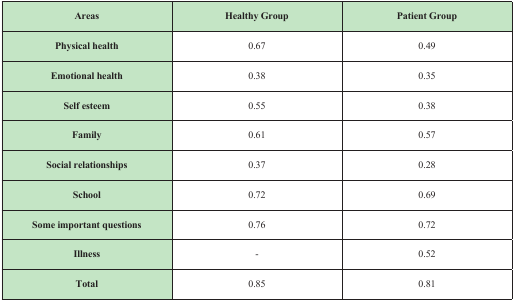
<table><thead><tr><td><b>Areas</b></td><td><b>Healthy Group</b></td><td><b>Patient Group</b></td></tr></thead><tbody><tr><td><b>Physical health</b></td><td>0.67</td><td>0.49</td></tr><tr><td><b>Emotional health</b></td><td>0.38</td><td>0.35</td></tr><tr><td><b>Self esteem</b></td><td>0.55</td><td>0.38</td></tr><tr><td><b>Family</b></td><td>0.61</td><td>0.57</td></tr><tr><td><b>Social relationships</b></td><td>0.37</td><td>0.28</td></tr><tr><td><b>School</b></td><td>0.72</td><td>0.69</td></tr><tr><td><b>Some important questions</b></td><td>0.76</td><td>0.72</td></tr><tr><td><b>Illness</b></td><td>-</td><td>0.52</td></tr><tr><td><b>Total</b></td><td>0.85</td><td>0.81</td></tr></tbody></table>